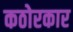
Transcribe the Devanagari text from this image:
कठोरकार